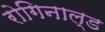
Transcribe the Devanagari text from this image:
रोगिनाल्ड